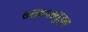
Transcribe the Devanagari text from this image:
७त्७५७तुइग